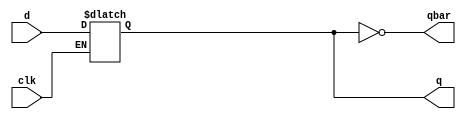
`timescale 1ns / 1ps

module d_latch(clk,d,q,qbar);
input clk,d;
output reg q;
output qbar;

assign qbar = ~q;
always @(clk,d)begin
    if(clk)begin
        q <= d;
        end
end
endmodule